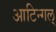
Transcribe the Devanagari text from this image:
आटिन्गल्